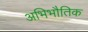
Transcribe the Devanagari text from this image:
अभिभौतिक